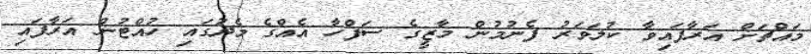
މައްޗަށް އަރާފައިވާ ކުލަވަރު ފެނުމުން މާޒީގެ ސަފްހާ އެއްގެ މެދުގައި ހުއްޓުން އަރާފައި